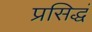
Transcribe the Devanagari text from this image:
प्रसिद्धं